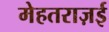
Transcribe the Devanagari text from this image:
मेहतराज़ई